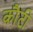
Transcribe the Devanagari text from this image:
कौटी